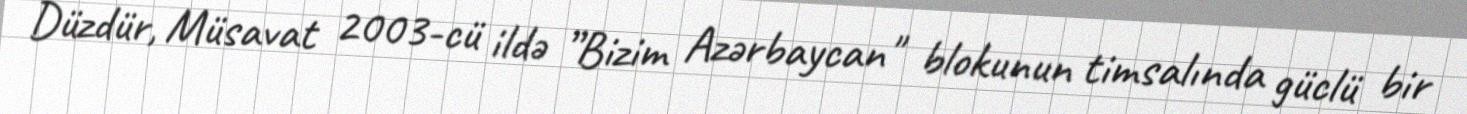
Düzdür, Müsavat 2003-cü ildə ”Bizim Azərbaycan" blokunun timsalında güclü bir